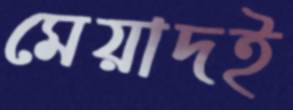
মেয়াদই